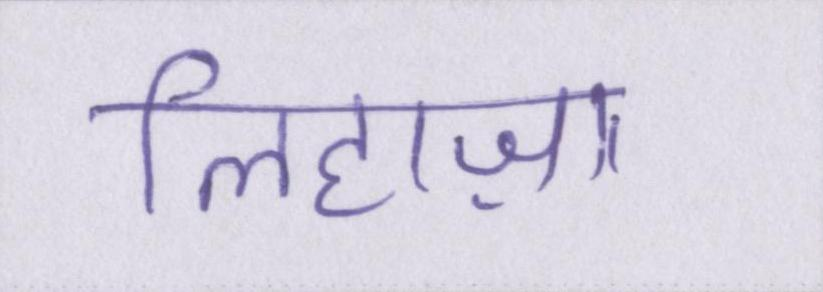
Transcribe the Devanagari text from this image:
लिहाज़ा